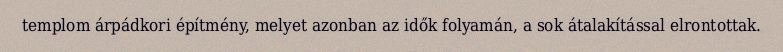
templom árpádkori építmény, melyet azonban az idők folyamán, a sok átalakítással elrontottak.